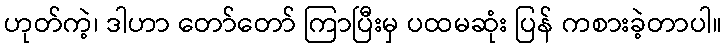
ဟုတ်ကဲ့၊ ဒါဟာ တော်တော် ကြာပြီးမှ ပထမဆုံး ပြန် ကစားခဲ့တာပါ။